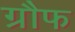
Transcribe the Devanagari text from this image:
ग्रौफ